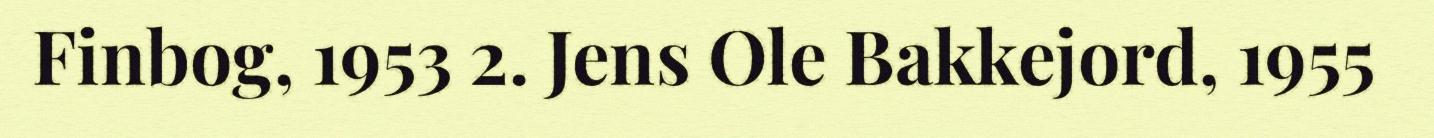
Finbog, 1953 2. Jens Ole Bakkejord, 1955